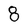
Character: 8